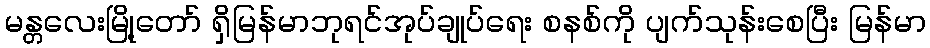
မန္တလေးမြို့တော် ရှိမြန်မာဘုရင်အုပ်ချုပ်ရေး စနစ်ကို ပျက်သုန်းစေပြီး မြန်မာ